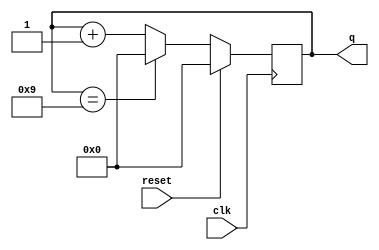
module top_module (
    input clk,
    input reset,        // Synchronous active-high reset
    output [3:0] q);
	always @(posedge clk) begin
        if(reset) q<=0;
        else begin
            if(q==9)
                q<=0;
            else
                q<=q+1;
        end
    end
endmodule